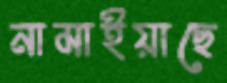
নামাইয়াছে